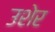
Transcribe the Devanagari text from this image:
उशेर